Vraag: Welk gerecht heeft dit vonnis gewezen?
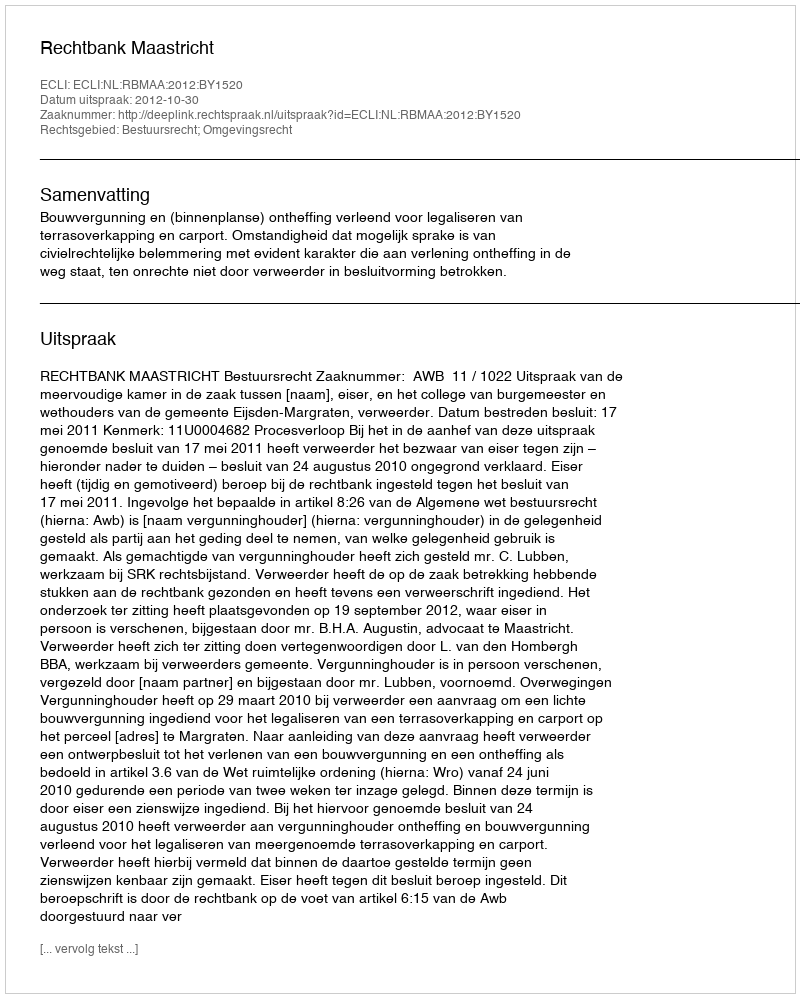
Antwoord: Rechtbank Maastricht